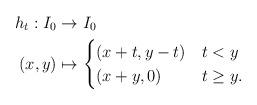
LaTeX: \begin{align*}h_t:I_0&\to I_0\\(x,y)&\mapsto\begin{cases} (x+t,y-t) & t<y\\ (x+y,0) & t\ge y. \end{cases}\end{align*}